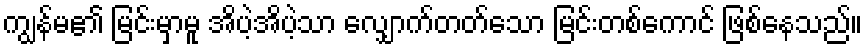
ကျွန်မ၏ မြင်းမှာမူ အိပဲ့အိပဲ့သာ လျှောက်တတ်သော မြင်းတစ်ကောင် ဖြစ်နေသည်။